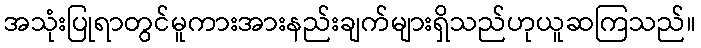
အသုံးပြုရာတွင်မူကားအားနည်းချက်များရှိသည်ဟုယူဆကြသည်။